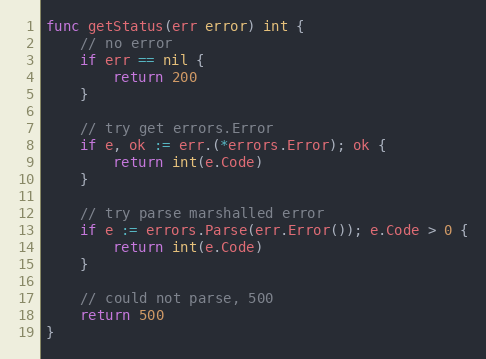
Language: Go
func getStatus(err error) int {
	// no error
	if err == nil {
		return 200
	}

	// try get errors.Error
	if e, ok := err.(*errors.Error); ok {
		return int(e.Code)
	}

	// try parse marshalled error
	if e := errors.Parse(err.Error()); e.Code > 0 {
		return int(e.Code)
	}

	// could not parse, 500
	return 500
}